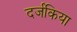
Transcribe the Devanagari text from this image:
दर्जकिया